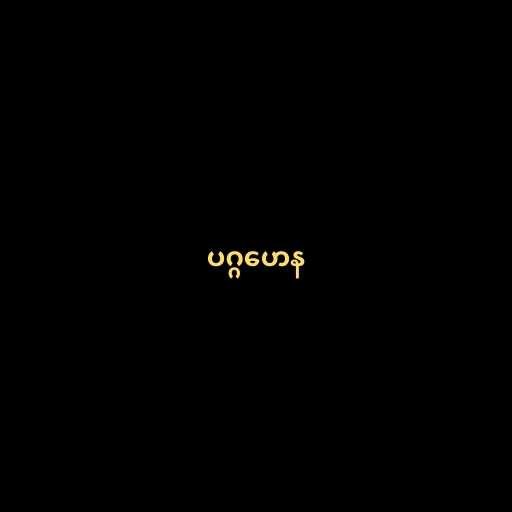
ပဂ္ဂဟေန